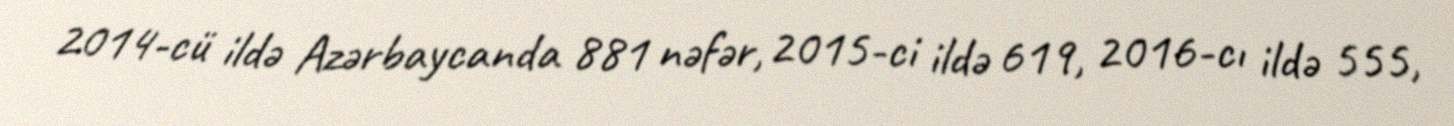
2014-cü ildə Azərbaycanda 881 nəfər, 2015-ci ildə 619, 2016-cı ildə 555,